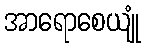
အာရောစေယျုံ